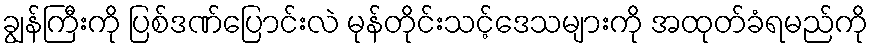
ချွန်ကြီးကို ပြစ်ဒဏ်ပြောင်းလဲ မုန်တိုင်းသင့်ဒေသများကို အထုတ်ခံရမည်ကို